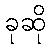
ခုဆို